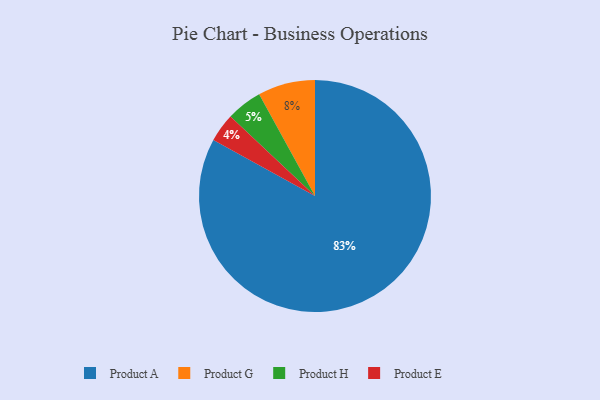
{"axis": {"x": "Category", "y": "Percentage"}, "legend": ["Product A", "Product E", "Product G", "Product H"], "data": [{"x": "Product G", "y": 8, "type": "Product G"}, {"x": "Product E", "y": 4, "type": "Product E"}, {"x": "Product A", "y": 83, "type": "Product A"}, {"x": "Product H", "y": 5, "type": "Product H"}]}